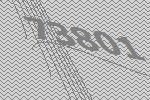
73801